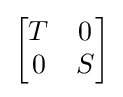
{\begin{bmatrix}T&0\\0&S\end{bmatrix}}